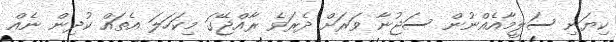
ކިޔަނި ސަލީމާއެއްނުން ސަޖުނާ ވަރަށް ދެރަވެ ރާއްޖޭގަ މިކަހަލަ އެތައް ކުދިން ނެއް